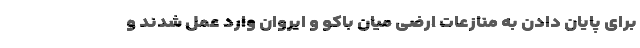
برای پایان دادن به منازعات ارضی میان باکو و ایروان وارد عمل شدند و